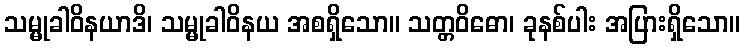
သမ္မုခါဝိနယာဒိ၊ သမ္မုခါဝိနယ အစရှိသော။ သတ္တဝိဓော၊ ခုနစ်ပါး အပြားရှိသော။